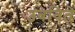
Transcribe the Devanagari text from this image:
उबविते